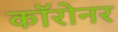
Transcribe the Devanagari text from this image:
कॉरोनर